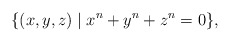
\begin{align*}\{(x,y,z)\mid x^n+y^n+z^n=0\},\end{align*}